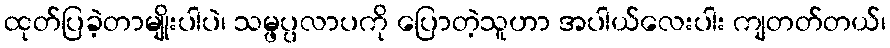
ထုတ်ပြခဲ့တာမျိုးပါပဲ၊ သမ္ဖပ္ပလာပကို ပြောတဲ့သူဟာ အပါယ်လေးပါး ကျတတ်တယ်၊